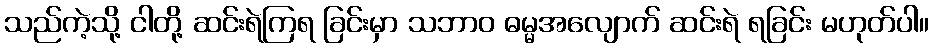
သည်ကဲ့သို့ ငါတို့ ဆင်းရဲကြရ ခြင်းမှာ သဘာဝ ဓမ္မအလျောက် ဆင်းရဲ ရခြင်း မဟုတ်ပါ။